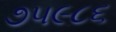
૭૫૯૮૬